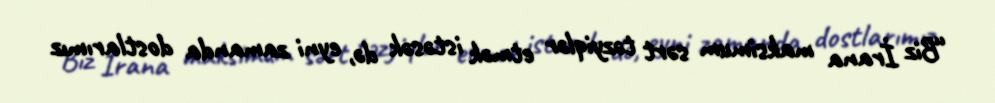
“Biz İrana maksimum sərt təzyiqlər etmək istəsək də, eyni zamanda dostlarımız